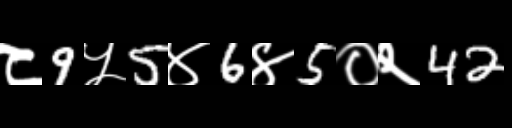
Text: ८9५5४6४5०२42